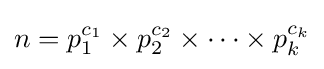
n=p_{1}^{c_{1}}\times p_{2}^{c_{2}}\times \cdots \times p_{k}^{c_{k}}